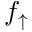
f _ { \uparrow }